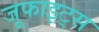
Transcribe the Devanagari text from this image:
जूफाइट्स